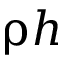
\uprho h